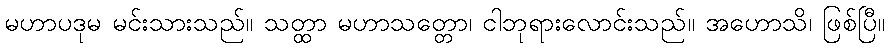
မဟာပဒုမ မင်းသားသည်။ သတ္ထာ မဟာသတ္တော၊ ငါဘုရားလောင်းသည်။ အဟောသိ၊ ဖြစ်ပြီ။